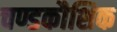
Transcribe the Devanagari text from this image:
चण्डकौशिक